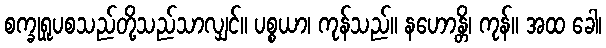
စက္ခုရူပစသည်တို့သည်သာလျှင်။ ပစ္စယာ၊ ကုန်သည်။ နဟောန္တိ၊ ကုန်။ အထ ခေါ၊